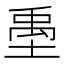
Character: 㙑